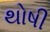
થોષી